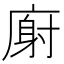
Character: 𫷺